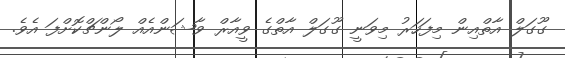
ގޫގަލް އާތްއިން މިފަހަރު މިވަނީ ގޫގަލް އާތްގެ ވީއާރް ވާޝަންއެއް ލޯންޗްކޮށްފަ އެވެ.